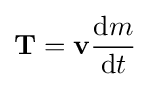
\mathbf {T} =\mathbf {v} {\frac {\mathrm {d} m}{\mathrm {d} t}}